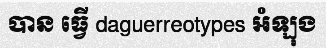
បាន ធ្វើ daguerreotypes អំឡុង